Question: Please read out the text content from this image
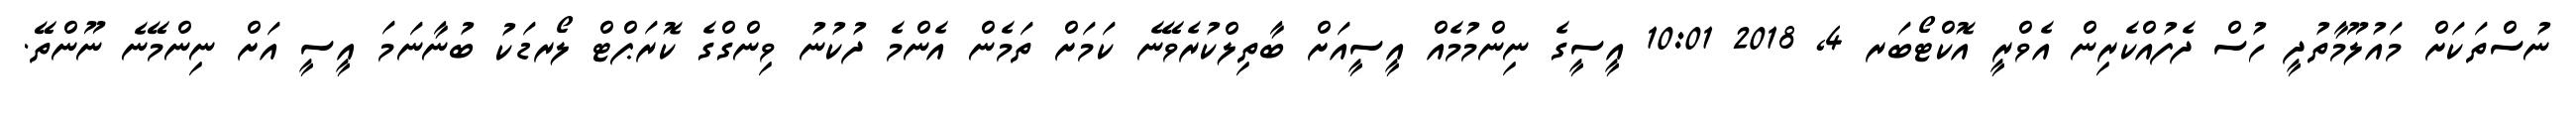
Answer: ނުސްތަކަށް މައުލޫމާތުދީ ހުސް ދެފުއްކެރިން އެވްރީ އޮކްޓޯބަރ 4, 2018 10:01 އީސީގެ ނިންމުމެއް އީސީއަށް ބާތިލްކުރެވޭނެ ކަމަށް ތަމެން އެންމެ ދުކުނު ވިންގްގެ ކޮރަޕްޓް ލޯރޑަކު ބުނާނަމަ އީސީ އަށް ނިންމޭނެ ނޫންތޭ.